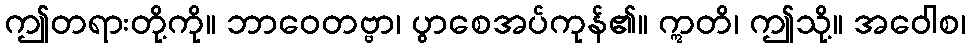
ဤတရားတို့ကို။ ဘာဝေတဗ္ဗာ၊ ပွာစေအပ်ကုန်၏။ ဣတိ၊ ဤသို့။ အဝေါစ၊